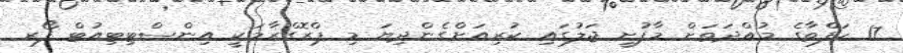
17 ހަފްތާގެ މުއްދަތަށް މާފުށީ ޖަލުގައި ކުރިއަށްގެންދިޔަ މި ޕްރޮގްރާމަކީ އިންސްޓިޓިއުޓް ފޯރ